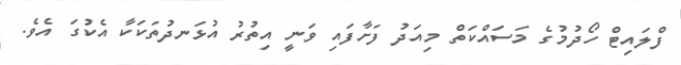
ފްލައިޓް ހޯދުމުގެ މަސައްކަތް މިއަދު ފަށާފައި ވަނީ އިތުރު އުޅަނދުތަކަކާ އެކުގަ އެވެ.